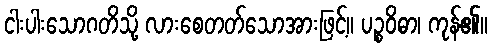
ငါးပါးသောဂတိသို့ လားစေတတ်သောအားဖြင့်။ ပဉ္စဝိဓာ၊ ကုန်၏။